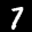
Label: 7